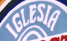
IGLESIA